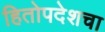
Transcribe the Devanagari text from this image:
हितोपदेशचा